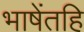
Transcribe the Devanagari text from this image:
भाषेंतहि